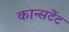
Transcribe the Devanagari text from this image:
कान्सटेंट